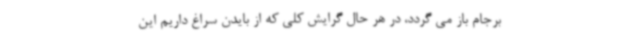
برجام باز می گردد، در هر حال گرایش کلی که از بایدن سراغ داریم این